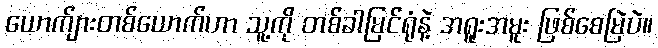
ယောက်ျားတစ်ယောက်ဟာ သူ့ကို တစ်ခါမြင်ရုံနဲ့ အရူးအမူး ဖြစ်စေမြဲပဲ။